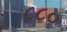
૮૮૦